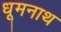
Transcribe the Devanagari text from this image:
धूमनाथ